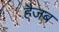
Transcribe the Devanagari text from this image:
हैजब